Lunatic asylums Burma 1922-24 - 1922-1924
Year: 1922
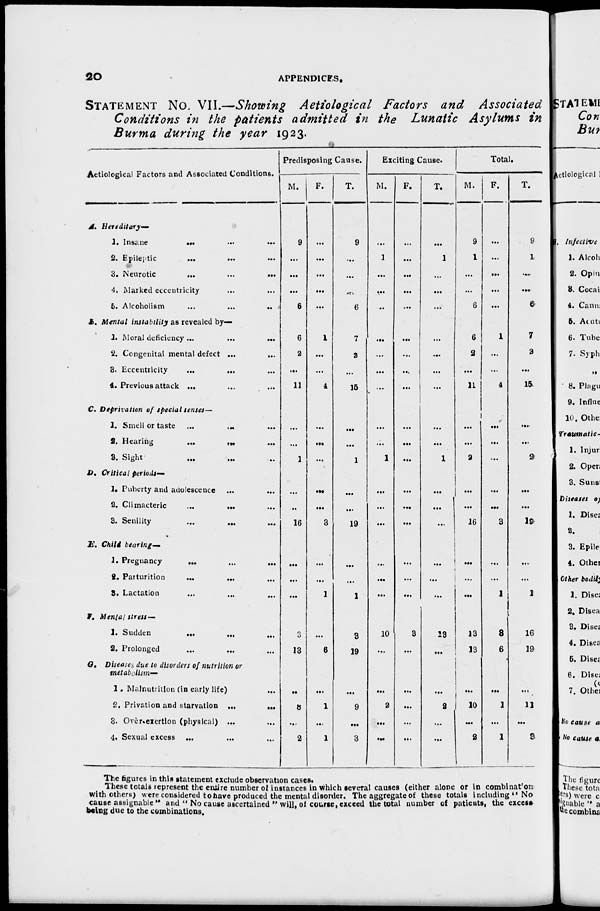
20
APPENDICES.
STATEMENT No. VII.—Showing Aetiological Factors and Associated
Conditions in the patients admitted in the Lunatic Asylums in
Burma during the year 1923.
Aetiological Factors and Associated Conditions.
A. Hereditary—
1. Insane
.
.
.
...
...
2. Epileptic
...
... ...
3. Neurotic
...
...
...
4. Marked eccentricity ... ... ...
5. Alcoholism
...
...
...
A. Mental instability as revealed by—
1. Moral deficiency ...
...
...
2. Congenital mental defect ...
... ...
3. Eccentricity ... ... ...
4. Previous attack ... ... ...
C. Deprivation of special senses—
1. Smell or taste ...
. . . ...
2. Hearing
...
... ...
3. Sight ... ... ...
D. Critical periods—
1. Puberty and adolescence ... ... ...
2. Climacteric
...
... ...
3. Senility ... ... ...
E. Child bearing—
1. Pregnancy ... ... ...
2. Parturition
...
... ...
3. Lactation ... ... ...
F. Mental stress—
1. Sudden ... ... ...
2. Prolonged ... ... ...
G. Diseases due to disorders of nutrition or
metabolism—
1. Malnutrition (in early life) ...
2. Privation and starvation ...
...
3. Overexertion (physical) ... ...
4. Sexual excess
...
... ...
Predisposing Cause.
M.
9
...
...
...
6
6
2
...
11
...
...
1
...
...
16
...
...
...
3
13
...
8
...
2
F.
...
...
...
...
...
1
...
...
4
...
...
...
...
...
3
...
...
1
...
6
...
1
...
1
T.
9
...
...
...
6
7
2
...
15
...
...
1
...
...
19
...
...
1
3
19
...
9
...
3
Exciting Cause.
M.
...
1
...
...
...
...
...
...
...
...
...
1
...
...
...
...
...
...
10
...
...
2
...
...
F.
...
...
...
...
...
...
...
...
...
...
...
...
...
...
...
...
...
...
3
...
...
...
...
...
T.
...
1
...
...
...
...
...
...
...
...
...
1
...
...
...
...
...
...
13
...
...
2
...
...
Total.
M.
9
1
...
...
6
6
2
...
11
...
...
2
...
...
16
...
...
...
13
13
...
10
...
2
F.
...
...
...
...
...
1
...
...
4
...
...
...
...
...
3
...
...
1
3
6
...
1
...
1
T.
9
1
...
...
6
7
2
...
15
...
...
2
...
...
19
...
...
1
16
19
...
11
...
3
The figures in this statement exclude observation cases.
These totals represent the entire number of instances in which several causes (either alone or in combination
with others) were considered to have produced the mental disorder. The aggregate of these totals including " No
cause assignable " and " No cause ascertained " will, of course, exceed the total number of patients, the excess
being due to the combinations.